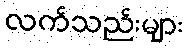
လက်သည်းများ